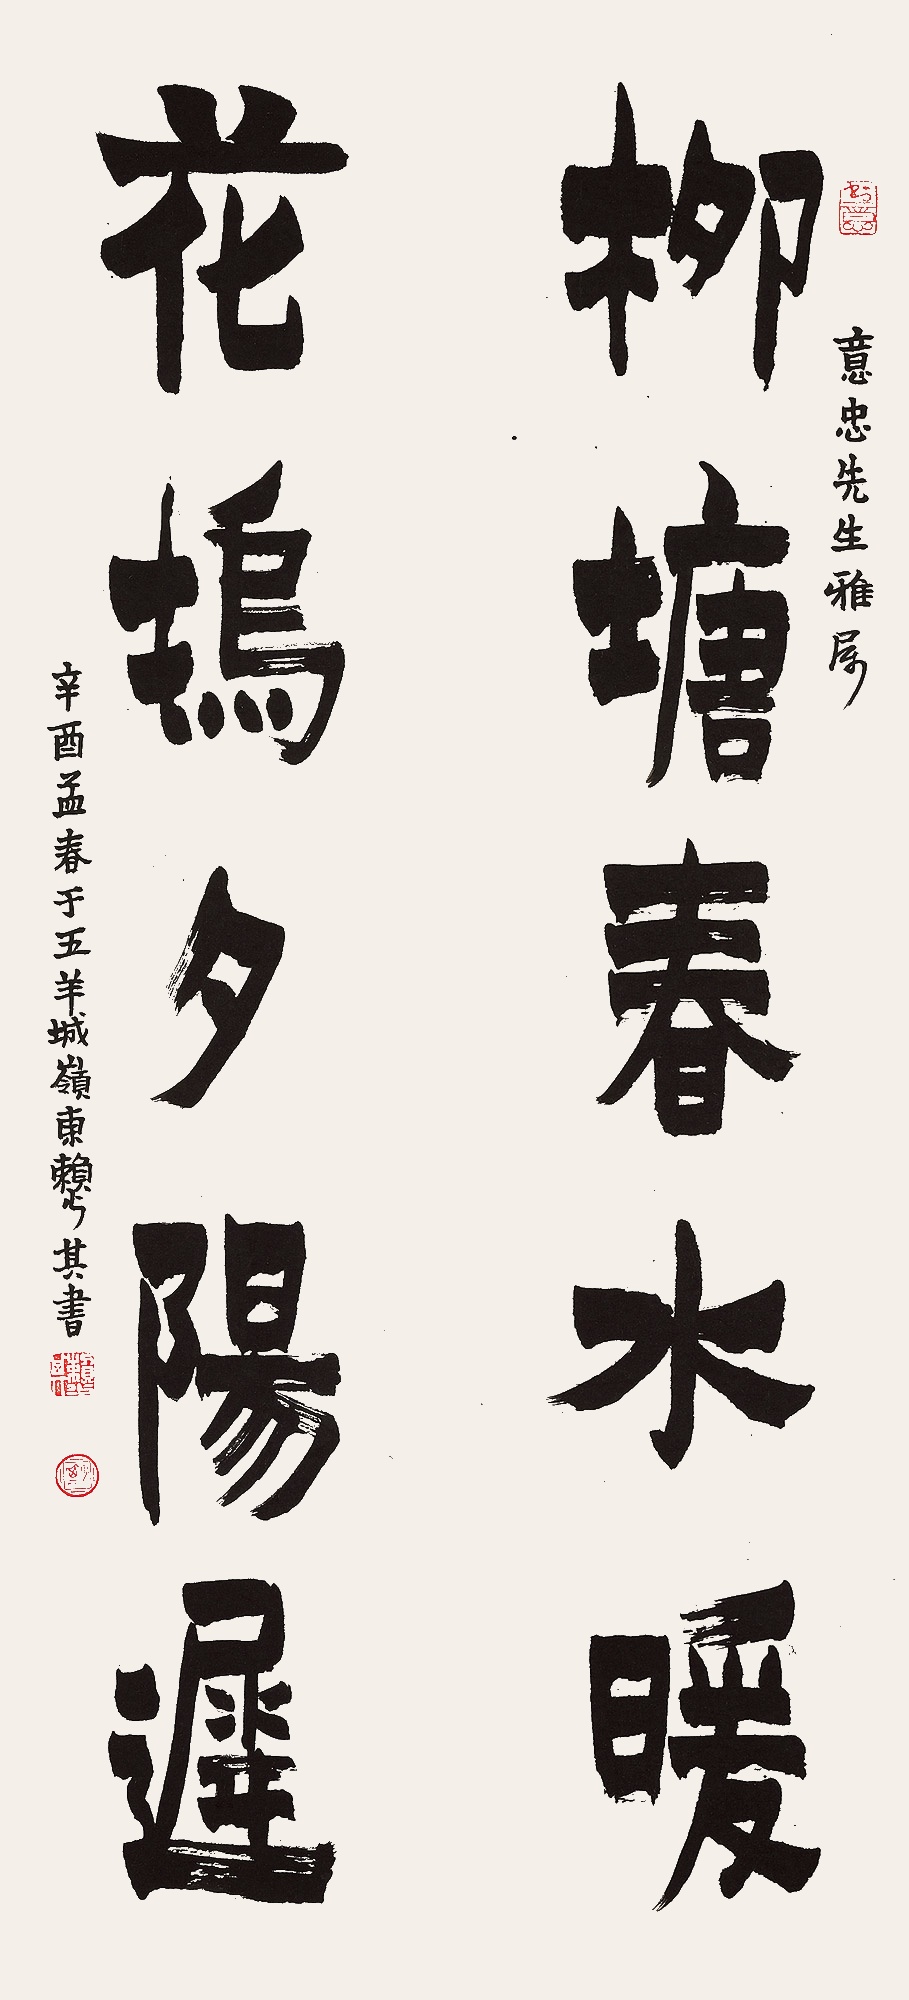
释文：柳塘春水暖，花坞夕阳迟。意忠先生雅属。辛酉孟春于五羊城，岭东赖少其书。